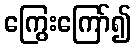
ကြွေးကြော်၍